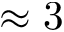
\approx 3